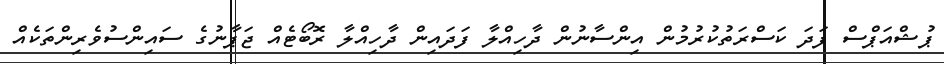
ޕުޝްއަޕްސް ފަދަ ކަސްރަތުކުރުމުން އިންސާނުން ދާހިއްލާ ފަދައިން ދާހިއްލާ ރޮބޯޓެއް ޖަޕާނުގެ ސައިންސުވެރިންތަކެއް